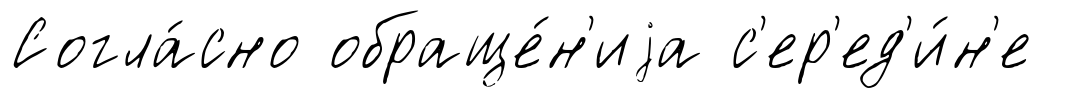
Согла́сно обраще́н'иjа с'ер'ед'и́н'е